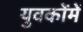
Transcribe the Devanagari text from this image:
युवकोंमें